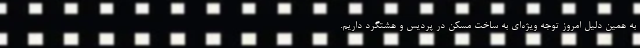
به همین دلیل امروز توجه ویژه‌ای به ساخت مسکن در پردیس و هشتگرد داریم.